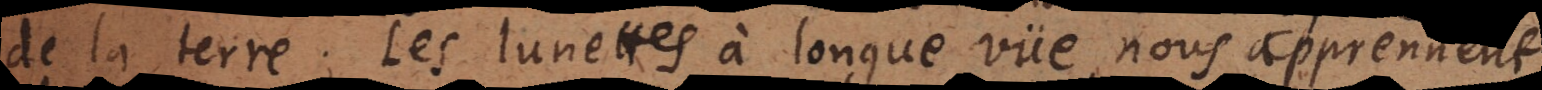
de la terre; les lunettes à longue vüe nous decouvrent